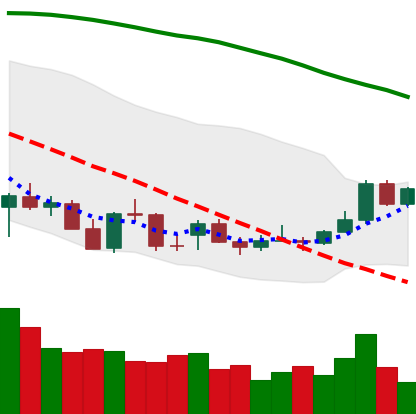
Ticker: ADA-USD
Chart end date: 2021-12-25
Forward return: -6.404%
Label: down_5_7